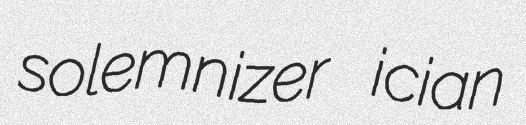
solemnizer ician